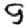
Digit: 9